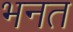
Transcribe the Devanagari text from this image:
भनत